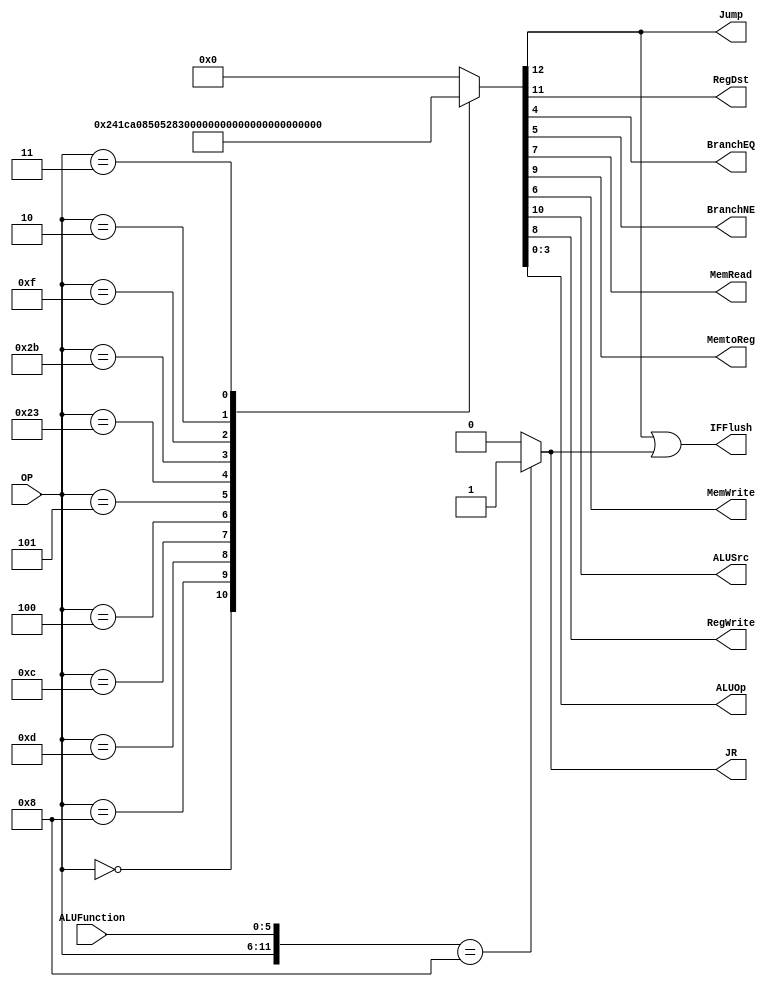
/******************************************************************
* Description
*	This is control unit for the MIPS processor. The control unit is
*	in charge of generation of the control signals. Its only input
*	corresponds to opcode from the instruction.
*	1.0
* Author:
*	Dr. Jos Luis Pizano Escalante
* email:
*	luispizano@iteso.mx
* Date:
*	01/03/2014
******************************************************************/
module Control
(
	input [5:0]OP,
	input [5:0] ALUFunction,
	output Jump,
	output RegDst,
	output BranchEQ,
	output BranchNE,
	output MemRead,
	output MemtoReg,
	output MemWrite,
	output ALUSrc,
	output RegWrite,
	output [3:0]ALUOp,
	output JR,
	output IFFlush
);

localparam R_Type = 0;
localparam I_Type_ADDI = 6'h8;
localparam I_Type_ORI = 6'h0d;
localparam I_Type_ANDI = 6'h0c;
localparam I_Type_BEQ = 6'h04;
localparam I_Type_BNE = 6'h05;
localparam I_Type_LW = 6'h23;
localparam I_Type_SW = 6'h2b;
localparam J_Type_J	= 6'h02;
localparam J_Type_JAL	= 6'h03;
localparam I_Type_LUI = 6'h0f;
localparam R_Type_JR = 12'h008;

reg [12:0] ControlValues;

always@(OP) begin
	casex(OP)
		R_Type:        		ControlValues= 13'b01_001_00_00_0111;
		I_Type_ADDI:   		ControlValues= 13'b00_101_00_00_0100;
		I_Type_ORI:    		ControlValues= 13'b00_101_00_00_0101;
		I_Type_ANDI:			ControlValues= 13'b00_101_00_00_0110;
		I_Type_BEQ:				ControlValues= 13'b00_000_00_01_0001;
		I_Type_BNE:				ControlValues= 13'b00_000_00_10_0001;
		I_Type_LW: 				ControlValues= 13'b00_111_10_00_0010;
		I_Type_SW: 				ControlValues= 13'b00_100_01_00_0011;
		I_Type_LUI:				ControlValues= 13'b00_101_00_00_1000;
		J_Type_J:					ControlValues= 13'b10_000_00_00_0000;
		J_Type_JAL:					ControlValues= 13'b10_001_00_00_0000;
		default:
			ControlValues= 13'b000000000000;
		endcase
end

assign Jump = ControlValues[12];
assign RegDst = ControlValues[11];
assign ALUSrc = ControlValues[10];
assign MemtoReg = ControlValues[9];
assign RegWrite = ControlValues[8];
assign MemRead = ControlValues[7];
assign MemWrite = ControlValues[6];
assign BranchNE = ControlValues[5];
assign BranchEQ = ControlValues[4];
assign ALUOp = ControlValues[3:0];

wire [11:0] Selector;

assign Selector = {OP, ALUFunction};

assign JR = (Selector == R_Type_JR)? 1'b1: 1'b0;

assign IFFlush = Jump | JR;

endmodule
//control//